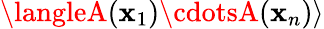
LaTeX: \langleA(\mathbf{x}_{1})\cdotsA(\mathbf{x}_{n})\rangle